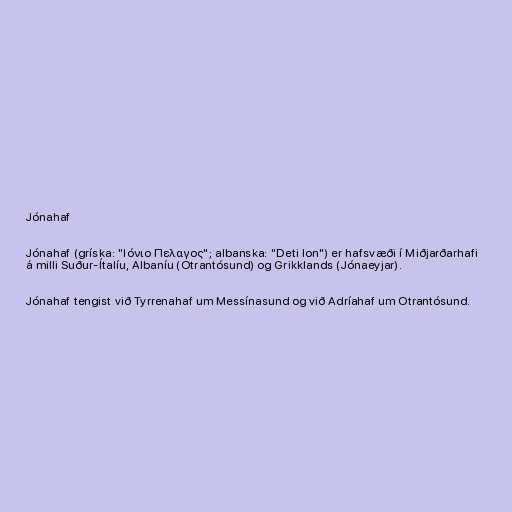
Jónahaf

Jónahaf (gríska: "Ιóνιo Πελαγoς"; albanska: "Deti Ion") er hafsvæði í Miðjarðarhafi
á milli Suður-Ítalíu, Albaníu (Otrantósund) og Grikklands (Jónaeyjar).

Jónahaf tengist við Tyrrenahaf um Messínasund og við Adríahaf um Otrantósund.